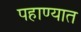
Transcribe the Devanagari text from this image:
पहाण्यात